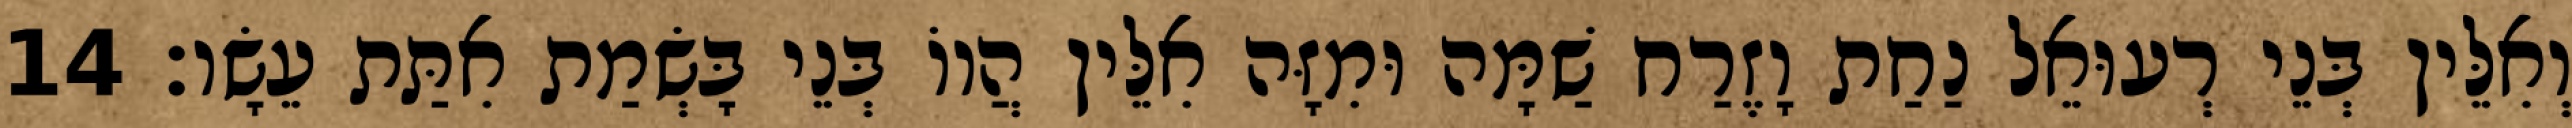
וְאִלֵּין בְּנֵי רְעוּאֵל נַחַת וָזֶרַח שַׁמָּה וּמִזָּה אִלֵּין הֲווֹ בְּנֵי בָּשְׂמַת אִתַּת עֵשָׂו׃ 14